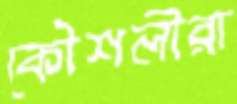
কৌশলীরা